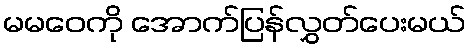
မမဝေကို အောက်ပြန်လွှတ်ပေးမယ်